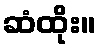
ဆံထိုး။